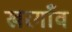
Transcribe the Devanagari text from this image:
खरगाँव